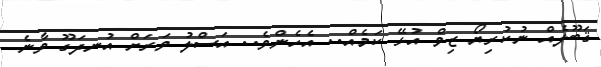
ޤަބޫލެއް ނުކުރިޔޯ ޒިވް އުޅޭ ކަމެއް.. އެހެންވެ.. އަސްލު ވަރަށް އުނދަގޫ ވާނެ